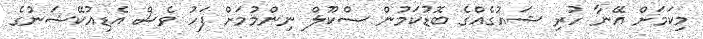
މިކަމަށް އޭނާ ހުރި ޝައުގެއްގެ ބޮޑުކަމުން ސްކޫލް ނިންމުމަށް ފަހު ވެސް އެޑިއުކޭޝަނުގެ